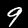
Label: 9